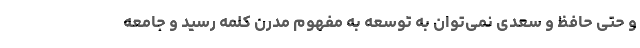
و حتی حافظ و سعدی نمی‌توان به توسعه به مفهوم مدرن کلمه رسید و جامعه